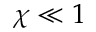
\chi \ll 1